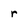
Character: r